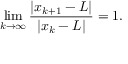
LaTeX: \operatorname* { l i m } _ { k \to \infty } { \frac { | x _ { k + 1 } - L | } { | x _ { k } - L | } } = 1 .